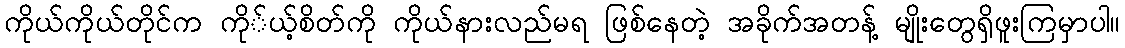
ကိုယ်ကိုယ်တိုင်က ကို်ယ့်စိတ်ကို ကိုယ်နားလည်မရ ဖြစ်နေတဲ့ အခိုက်အတန့် မျိုးတွေရှိဖူးကြမှာပါ။